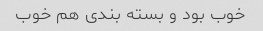
خوب بود و بسته بندی هم خوب